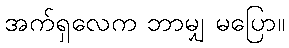
အက်ရှလေက ဘာမျှ မပြော။